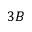
3 B